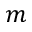
m